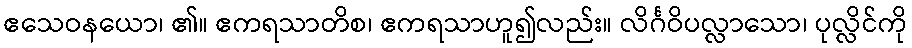
ဧသေဝနယော၊ ၏။ ဧကရသာတိစ၊ ဧကရသာဟူ၍လည်း။ လိင်္ဂဝိပလ္လာသော၊ ပုလ္လိင်ကို